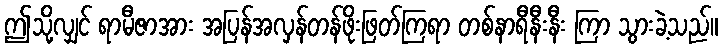
ဤသို့လျှင် ရာမီဇာအား အပြန်အလှန်တန်ဖိုးဖြတ်ကြရာ တစ်နာရီနီးနီး ကြာ သွားခဲ့သည်။